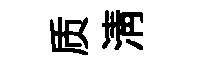
质淸